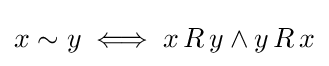
x\sim y\iff x\,R\,y\land y\,R\,x